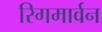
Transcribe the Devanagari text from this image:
रिगमार्वन